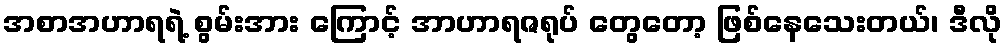
အစာအဟာရရဲ့ စွမ်းအား ကြောင့် အာဟာရဇရုပ် တွေတော့ ဖြစ်နေသေးတယ်၊ ဒီလို